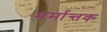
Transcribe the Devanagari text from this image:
मर्मान्तक